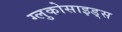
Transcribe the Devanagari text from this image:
ग्लुकोसाइड्‌स